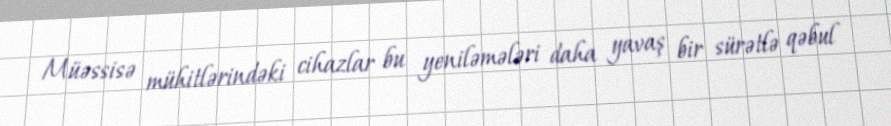
Müəssisə mühitlərindəki cihazlar bu yeniləmələri daha yavaş bir sürətlə qəbul